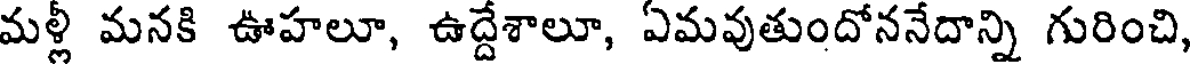
మళ్లీ మనకి ఊహలూ, ఉద్దేశాలూ, ఏమవుతుందోననేదాన్ని గురించి,